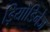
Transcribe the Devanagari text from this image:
ड़ियोडिनेज